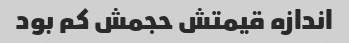
اندازه قیمتش حجمش کم بود